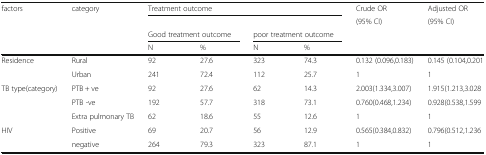
| factors | category | <COLSPAN=4> Treatment outcome | Crude OR | Adjusted OR |
 |  |  |  |  |  |  | (95% CI) | (95% CI) |
 |  |  | <COLSPAN=2> Good treatment outcome | <COLSPAN=2> poor treatment outcome |  |  |
 |  |  | N | % | N | % |  |  |
 | --- | --- | --- | --- | --- | --- | --- | --- |
 | Residence | Rural | 92 | 27.6 | 323 | 74.3 | 0.132 (0.096,0.183) | 0.145 (0.104,0.201 |
 |  | Urban | 241 | 72.4 | 112 | 25.7 | 1 | 1 |
 | <ROWSPAN=3> TB type(category) | PTB + ve | 92 | 27.6 | 62 | 14.3 | 2.003(1.334,3.007) | 1.915(1.213,3.028 |
 | PTB -ve | 192 | 57.7 | 318 | 73.1 | 0.760(0.468,1.234) | 0.928(0.538,1.599 |
 | Extra pulmonary TB | 62 | 18.6 | 55 | 12.6 | 1 | 1 |
 | <ROWSPAN=2> HIV | Positive | 69 | 20.7 | 56 | 12.9 | 0.565(0.384,0.832) | 0.796(0.512,1.236 |
 | negative | 264 | 79.3 | 323 | 87.1 | 1 | 1 |